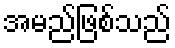
အမည်ဖြစ်သည်